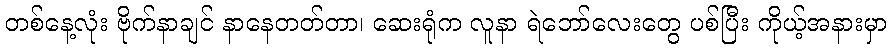
တစ်နေ့လုံး ဗိုက်နာချင် နာနေတတ်တာ၊ ဆေးရုံက လူနာ ရဲဘော်လေးတွေ ပစ်ပြီး ကိုယ့်အနားမှာ